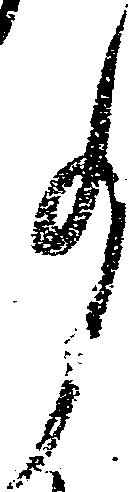
事